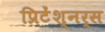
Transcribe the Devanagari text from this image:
प्रिटेंश्नर्स